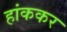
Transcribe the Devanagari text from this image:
हांककर